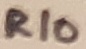
Text: R10